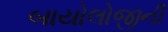
બાયોલોજીની